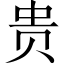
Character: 贵